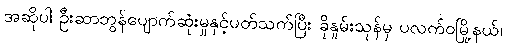
အဆိုပါ ဦးဆာဘွန်ပျောက်ဆုံးမှုနှင့်ပတ်သက်ပြီး ခိုနူမ်းသုန်မှ ပလက်ဝမြို့နယ်၊